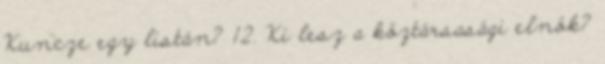
Kuncze egy listán? 12. Ki lesz a köztársasági elnök?